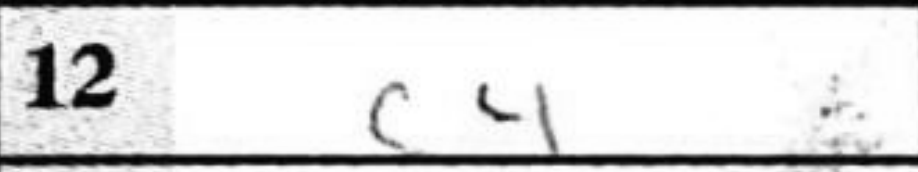
Transcription: c4